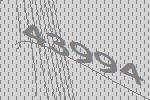
43994